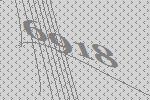
6918